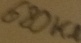
Text: 680KΩ